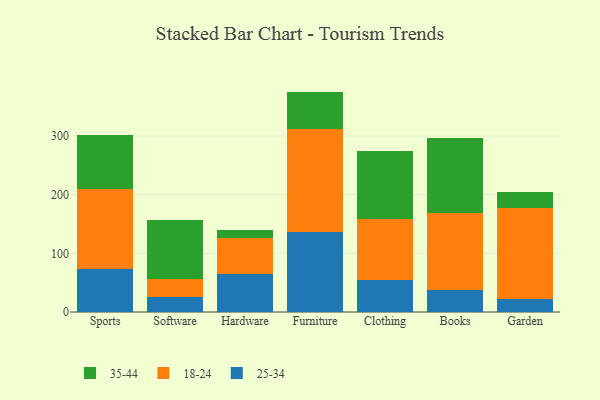
{"axis": {"x": "Category", "y": "Page Views"}, "legend": ["18-24", "25-34", "35-44"], "data": [{"x": "Sports", "y": 73.7, "type": "25-34"}, {"x": "Sports", "y": 136.0, "type": "18-24"}, {"x": "Sports", "y": 91.9, "type": "35-44"}, {"x": "Software", "y": 26.3, "type": "25-34"}, {"x": "Software", "y": 30.4, "type": "18-24"}, {"x": "Software", "y": 100.8, "type": "35-44"}, {"x": "Hardware", "y": 65.4, "type": "25-34"}, {"x": "Hardware", "y": 61.6, "type": "18-24"}, {"x": "Hardware", "y": 13.3, "type": "35-44"}, {"x": "Furniture", "y": 135.8, "type": "25-34"}, {"x": "Furniture", "y": 176.1, "type": "18-24"}, {"x": "Furniture", "y": 63.8, "type": "35-44"}, {"x": "Clothing", "y": 54.9, "type": "25-34"}, {"x": "Clothing", "y": 103.2, "type": "18-24"}, {"x": "Clothing", "y": 115.9, "type": "35-44"}, {"x": "Books", "y": 38.1, "type": "25-34"}, {"x": "Books", "y": 130.2, "type": "18-24"}, {"x": "Books", "y": 128.7, "type": "35-44"}, {"x": "Garden", "y": 22.0, "type": "25-34"}, {"x": "Garden", "y": 155.8, "type": "18-24"}, {"x": "Garden", "y": 27.3, "type": "35-44"}]}